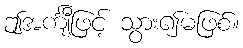
ဤအင်္ကျီဖြင့် သွား၍မဖြစ်။